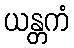
ယန္တကံ